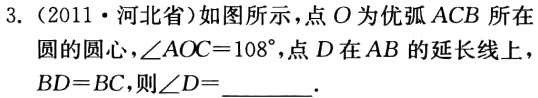
3.（2011·河北省）如图所示，点\(O\)为优弧\(ACB\)所在圆的圆心，\(\angle AOC = 108^{\circ}\)，点\(D\)在\(AB\)的延长线上，\(BD = BC\)，则\(\angle D=\)______.